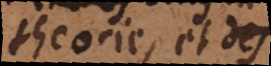
theorie et des